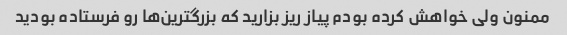
ممنون ولی خواهش کرده بودم پیاز ریز بزارید که بزرگترین‌ها رو فرستاده بودید